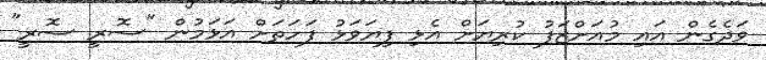
ވަދެގެން އައި މުއަށްޒަފު ކުރިޔަށް އެޅި ފިޔަވަޅު ފަހަތަށް އަޅަމުން "ސޮރީ ސޮރީ"